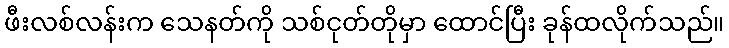
ဖီးလစ်လန်းက သေနတ်ကို သစ်ငုတ်တိုမှာ ထောင်ပြီး ခုန်ထလိုက်သည်။